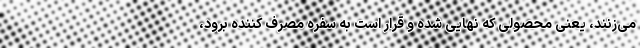
می‌زنند، یعنی محصولی که نهایی شده و قرار است به سفره مصرف کننده برود،